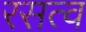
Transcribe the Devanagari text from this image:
रसत्व